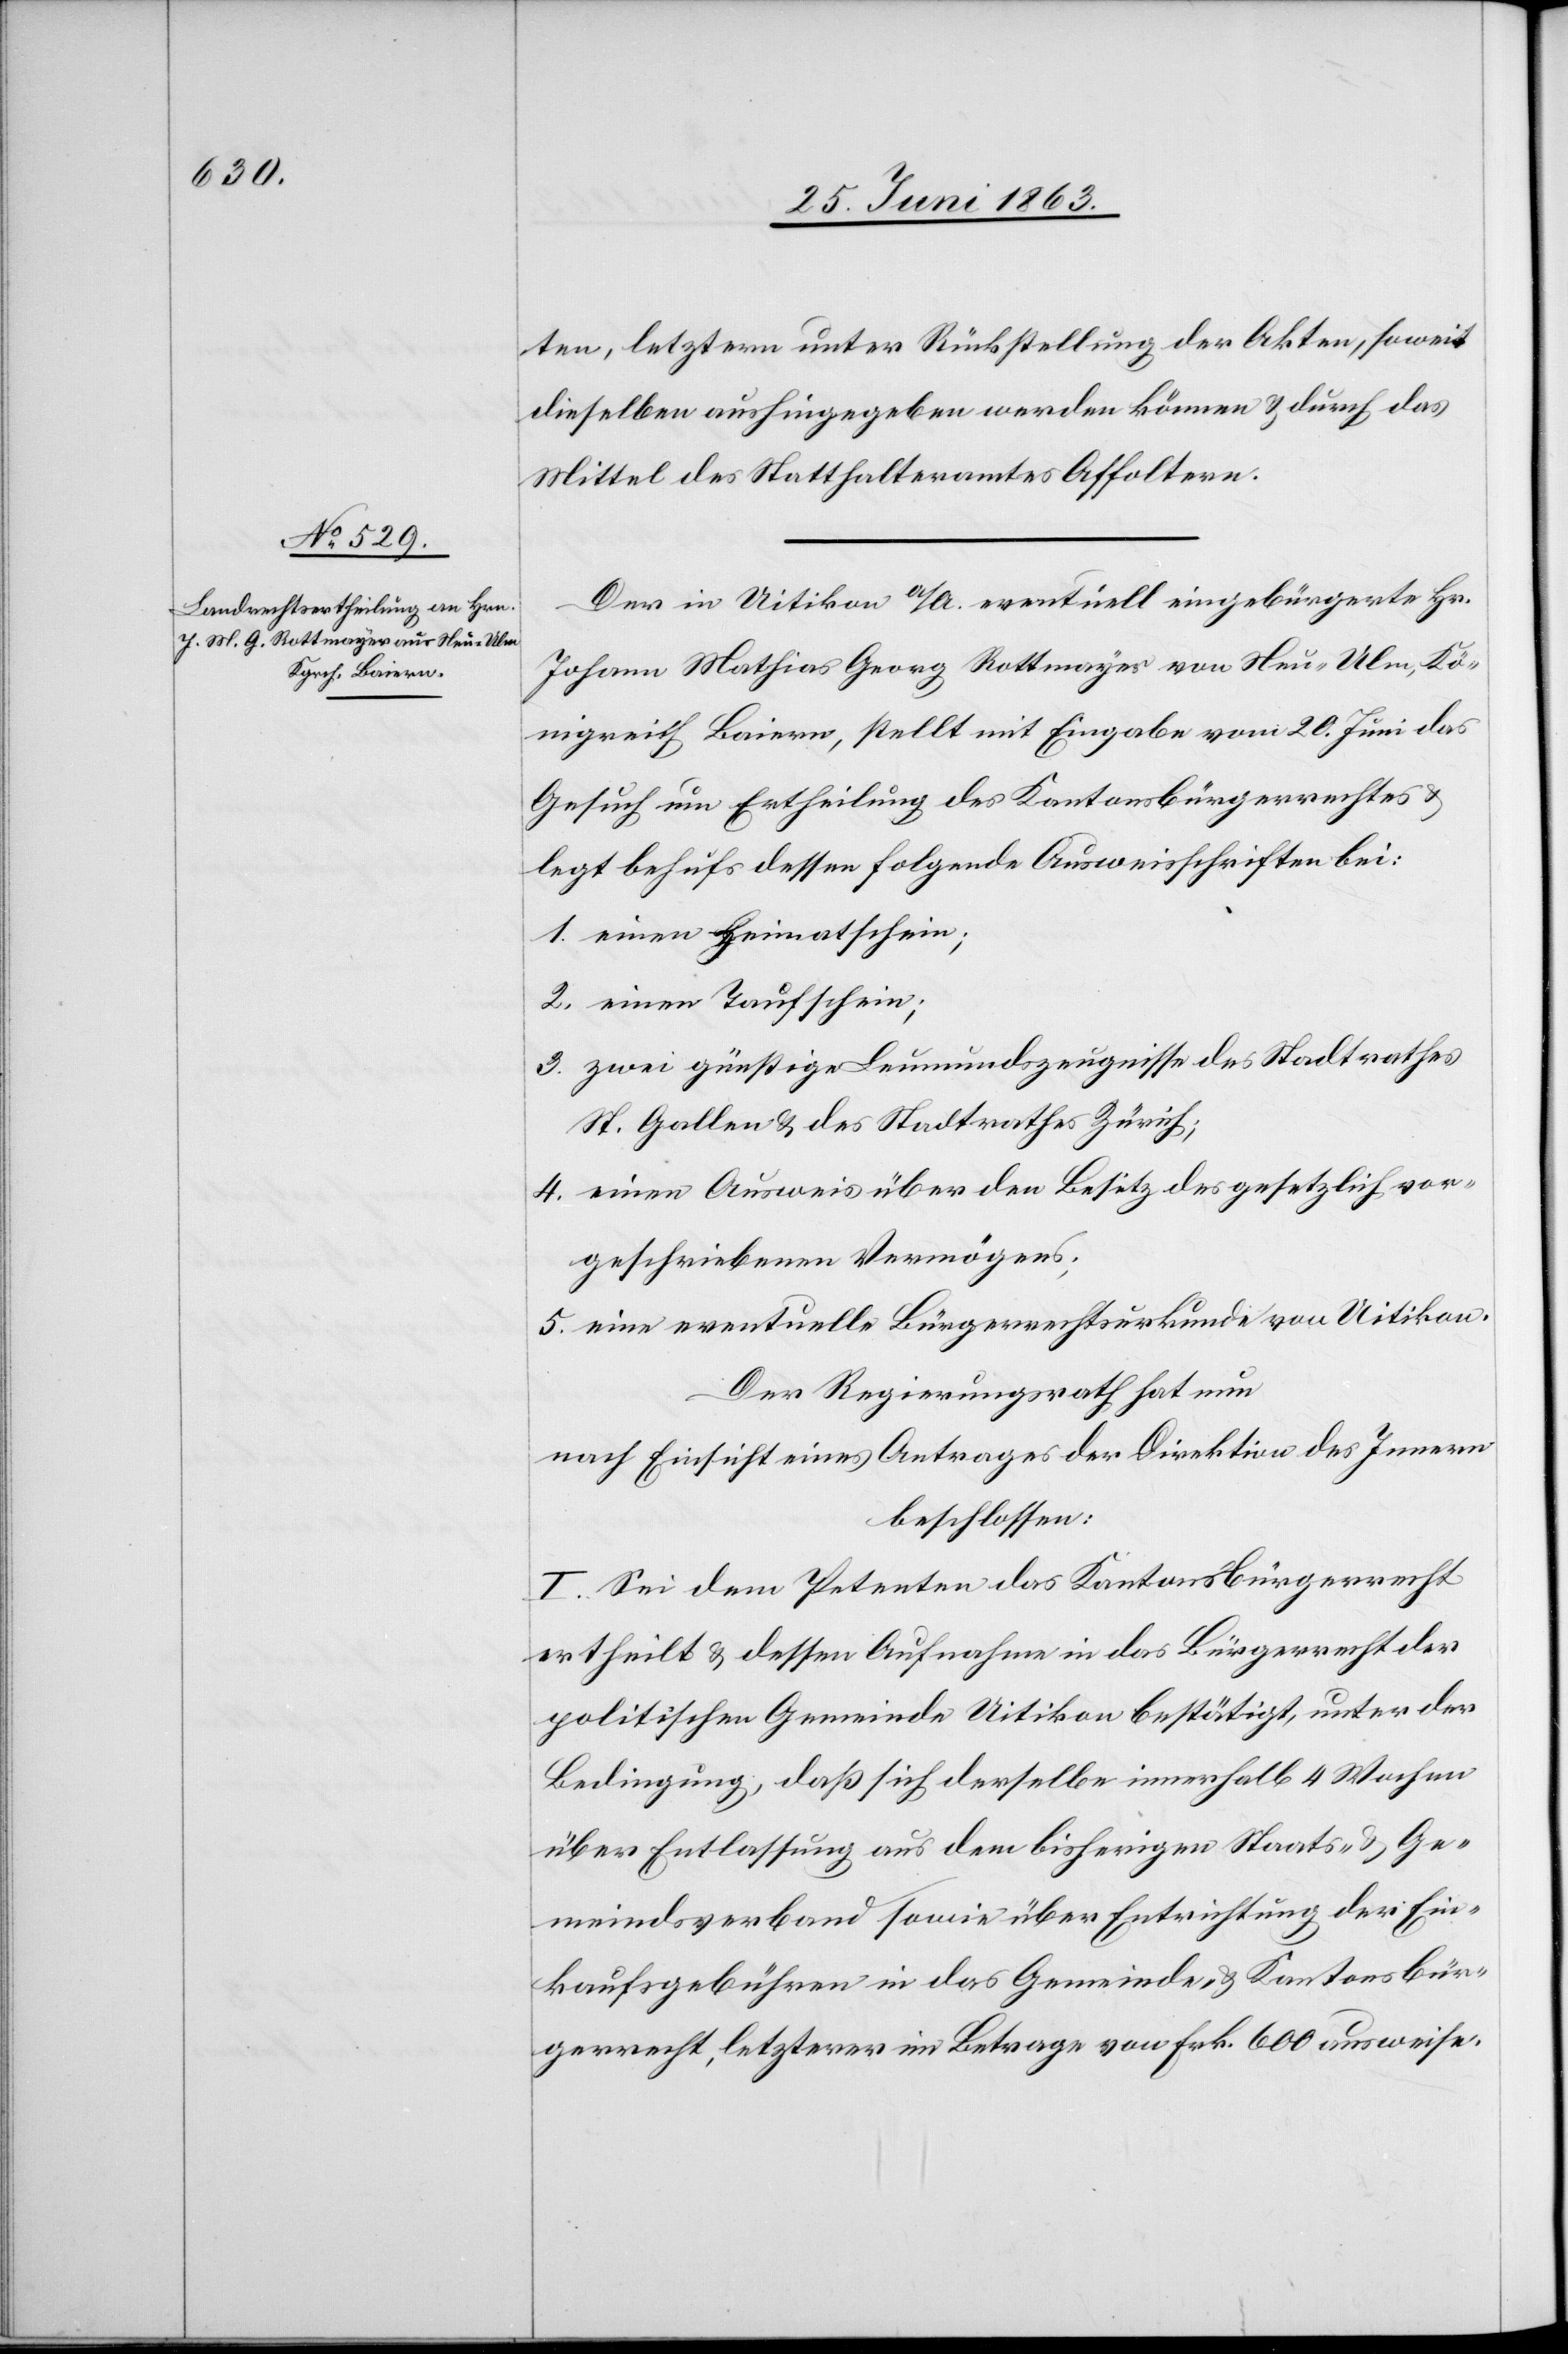
ten, letztern unter Rückstellung der Akten, soweit
dieselben aushingegeben werden können & durch das
Mittel des Statthalteramtes Affoltern.
Der in Uitikon a/A. eventuell eingebürgerte Hr.
Johann Mathias Georg Rottmayer von Neu-Ulm, Kö¬
nigreich Baiern, stellt mit Eingabe vom 20. Juni das
Gesuch um Ertheilung des Kantonsbürgerrechtes &
legt behufs dessen folgende Ausweisschriften bei:
1. einen Heimatschein;
2. einen Taufschein;
3. zwei günstige Leumundszeugnisse des Stadtrathes
St. Gallen & des Stadtrathes Zürich;
4. einen Ausweis über den Besitz des gesetzlich vor¬
geschriebenen Vermögens;
5. eine eventuelle Bürgerrechtsurkunde von Uitikon.
Der Regierungsrath hat nun
nach Einsicht eines Antrages der Direktion des Innern
beschlossen:
I. Sei dem Petenten das Kantonsbürgerrecht
ertheilt & dessen Aufnahme in das Bürgerrecht der
politischen Gemeinde Uitikon bestätigt, unter der
Bedingung, daß sich derselbe innerhalb 4 Wochen
über Entlassung aus dem bisherigen Staats- & Ge¬
meindsverband sowie über Entrichtung der Ein¬
kaufsgebühren in das Gemeinde- & Kantonsbür¬
gerrecht, letzterer im Betrage von Frk. 600 ausweise.